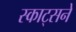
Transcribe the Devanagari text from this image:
स्काट्सने